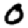
Digit: 0